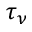
\tau _ { \nu }